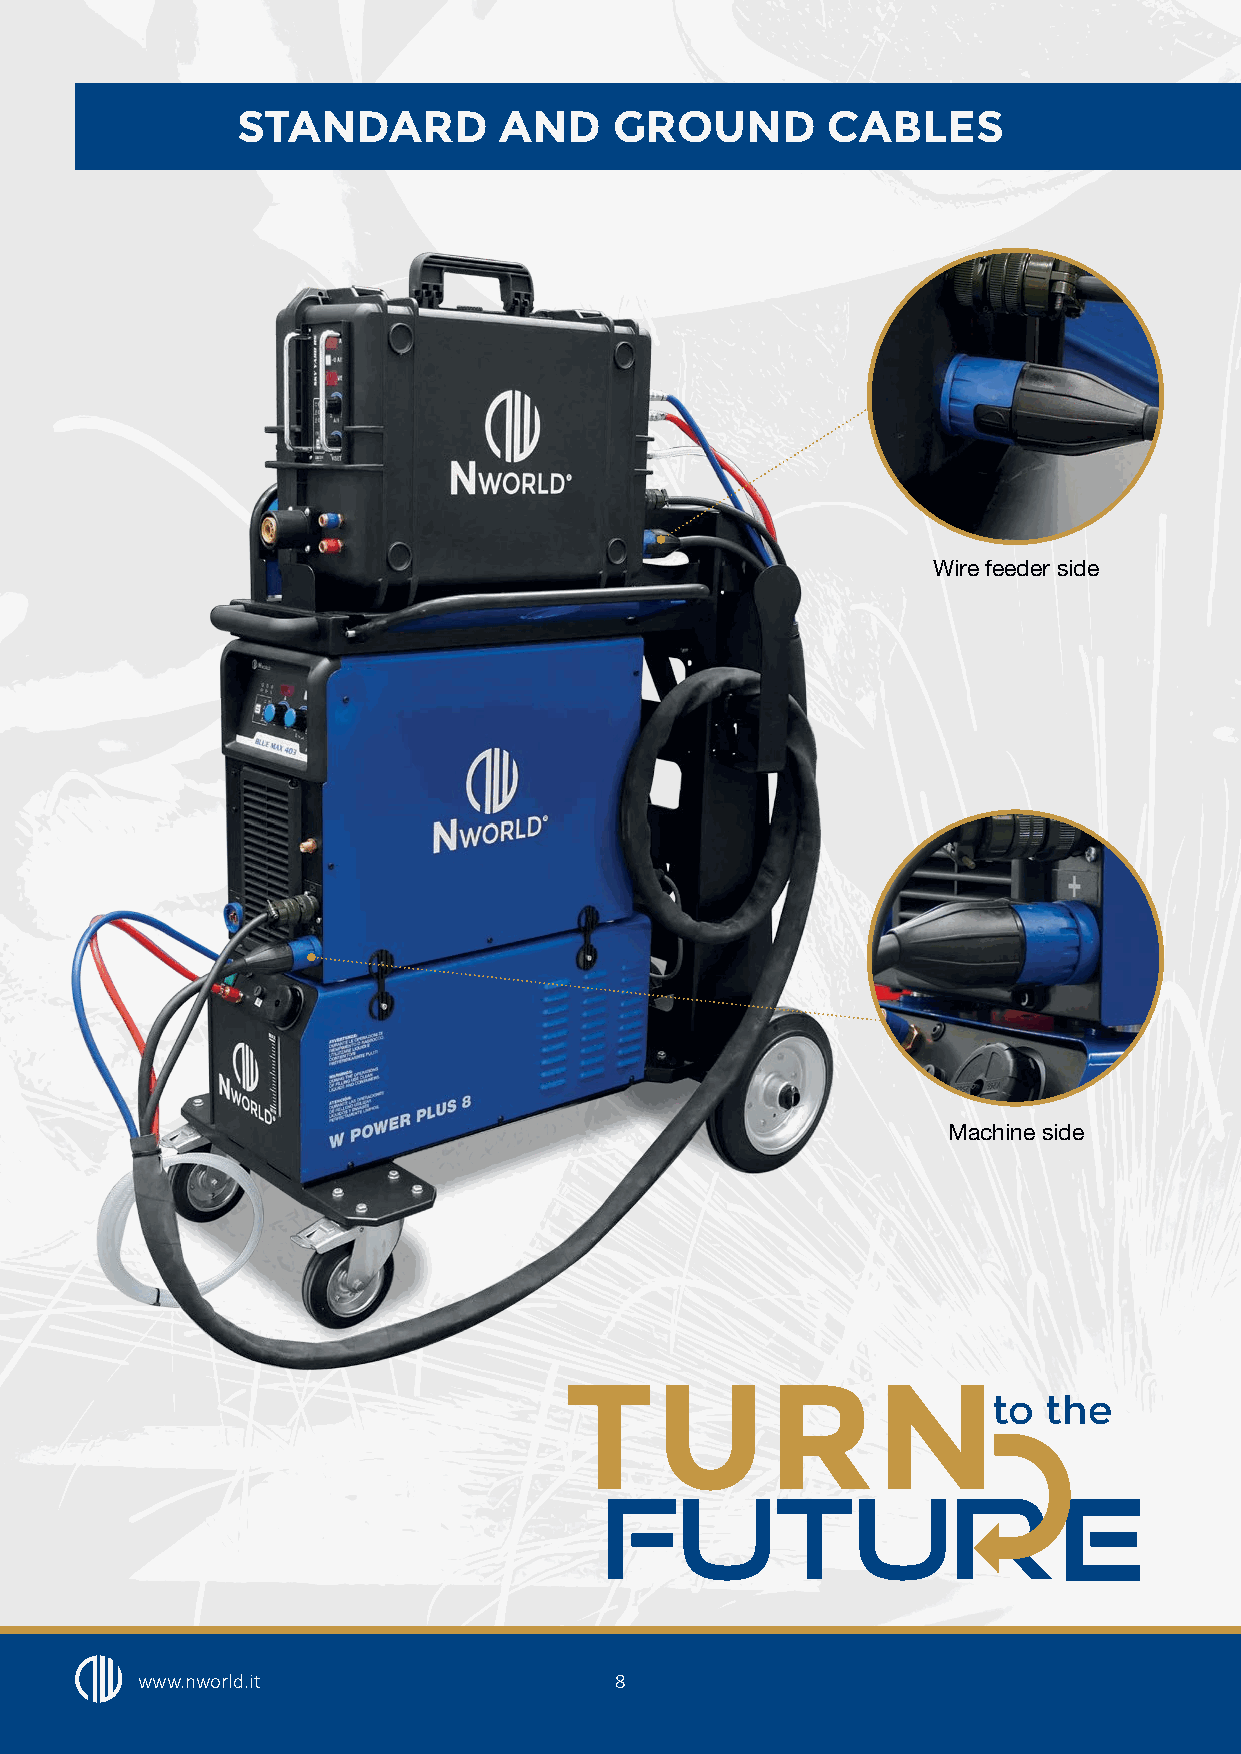
STANDARD         AND     GROUND        CABLES
 Wire feeder side
 Machine side
 TURN
 to the
 E
 www.nworld.it                   8